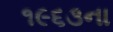
૧૯૬૩ના